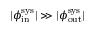
| \phi _ { \mathrm { i n } } ^ { \mathrm { s y s } } | \gg | \phi _ { \mathrm { o u t } } ^ { \mathrm { s y s } } |